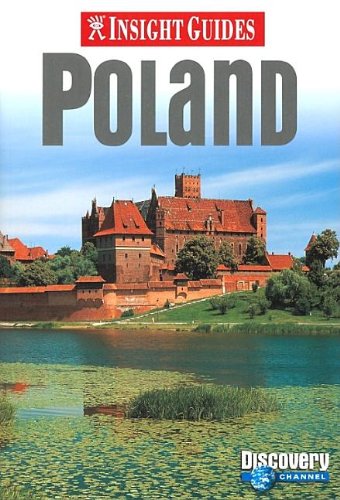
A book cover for Insight Guide Poland (Insight Guides); Clare Griffiths; Travel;